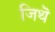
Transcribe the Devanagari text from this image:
जिथॆ